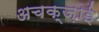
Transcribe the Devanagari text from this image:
अचक्ज़ाई